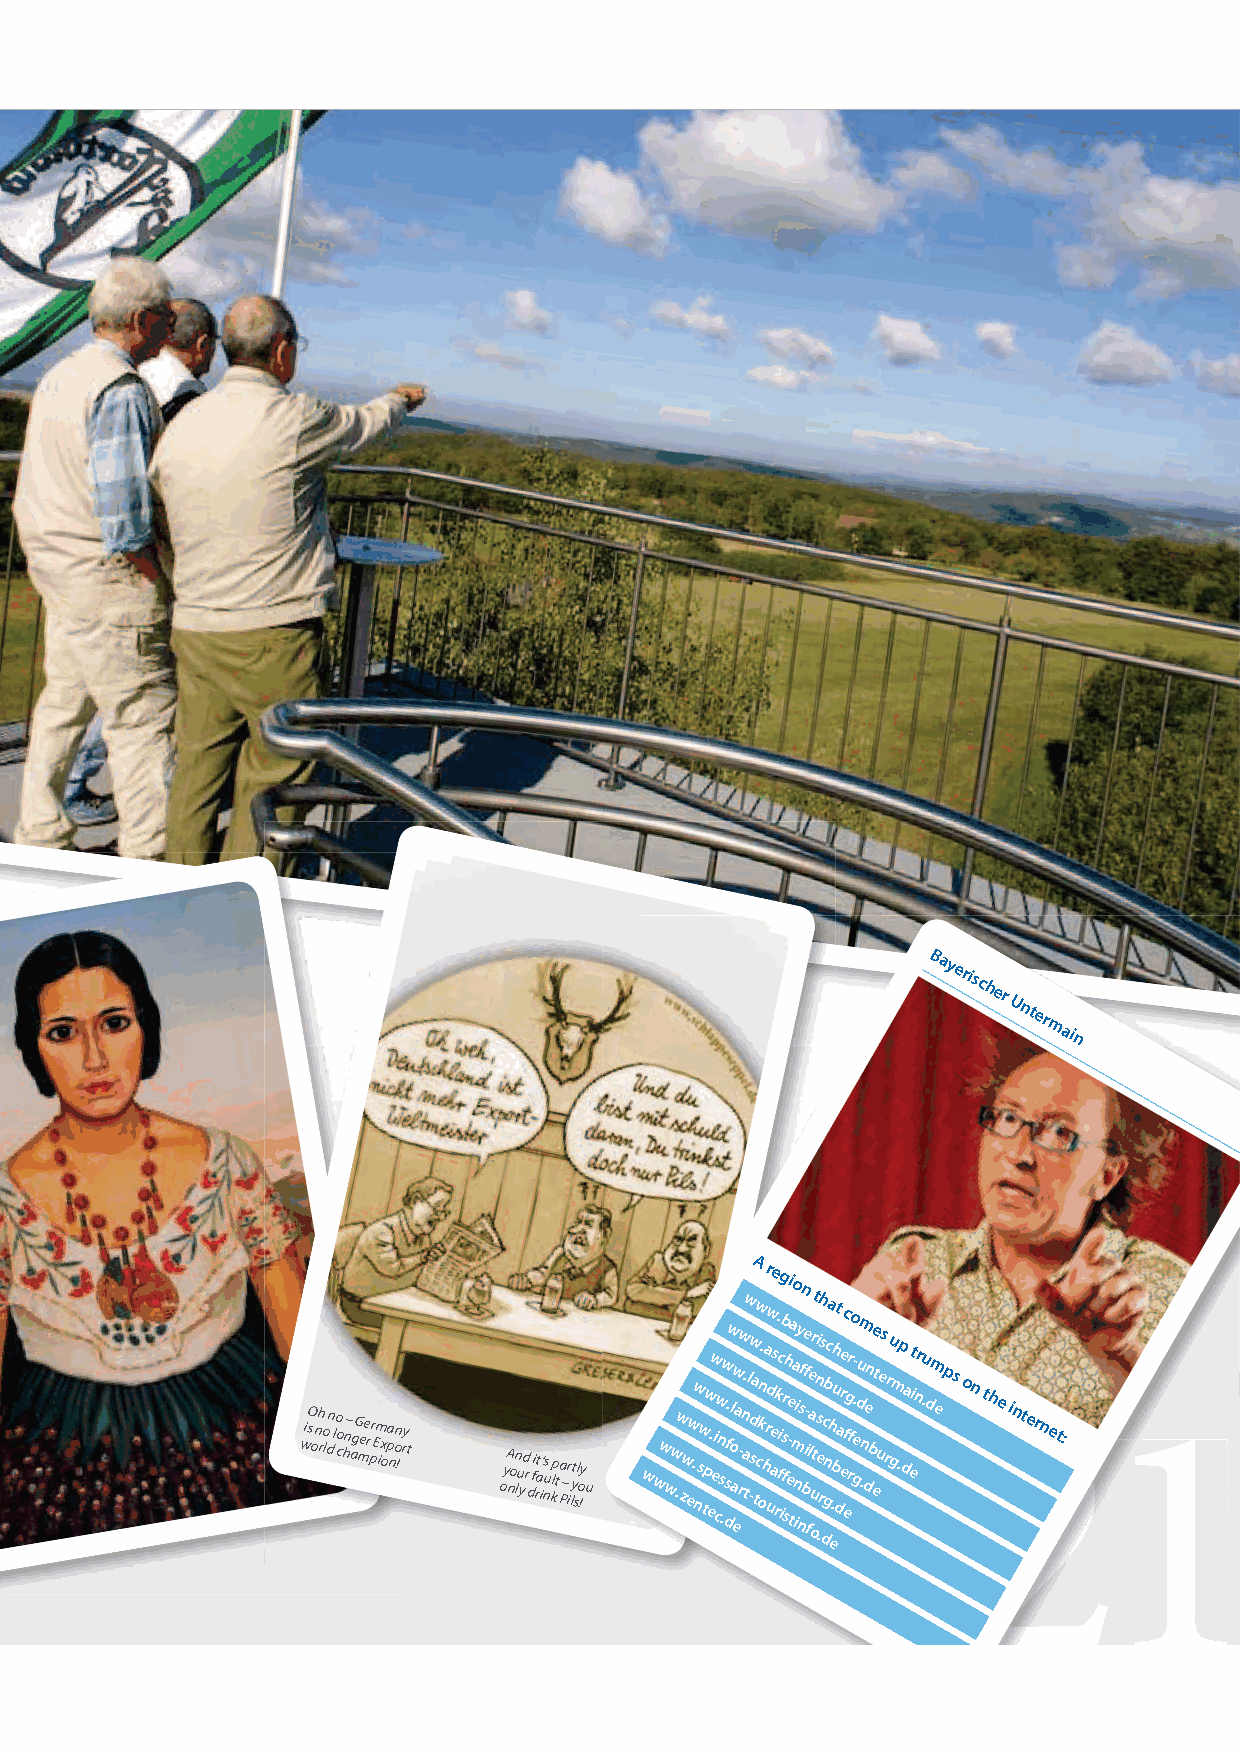
Bayerischer
 Unter
 main
 wisO o nh rlo dn l o o ch n– ag G mee r p r Em ix opa non !ry t oyA non lu yd r d fi rat i’ nus klp t a P–r
 i
 lyt sl o !y u w ww ww .w zw ew .w nsw tpw e.w ei cw n s .w dsf.w ol a ew a - rw n a. tw l -w d sa tA w ck on. h a r ur w d e ase rk. c ffi ig b s r sh ee -i ta mao n iiy nsffn be i- fle a our tt n si e .rh s dc gnbca h e.buh dt a er e ec ffg rr o ge- .dum n .den be et ues rr gu m .p da eit nru .dm eps o2 n the internet: 1